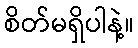
စိတ်မရှိပါနဲ့။